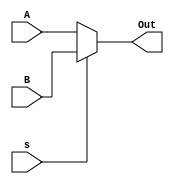
module mux2_4(output wire [3:0] Out, input wire [3:0] A, input wire [3:0] B, input wire s);

  assign Out = s == 0 ? A : B; 

endmodule